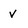
Character: v